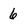
Character: 6